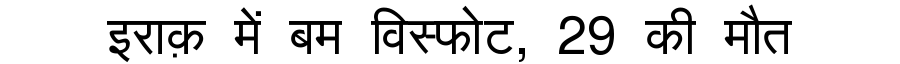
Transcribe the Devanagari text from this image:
इराक़ में बम विस्फोट, 29 की मौत